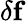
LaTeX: \delta\mathbf{f}